Civil Veterinary Department Bihar & Orissa reports 1911-21 - 1911-1921
Year: 1911
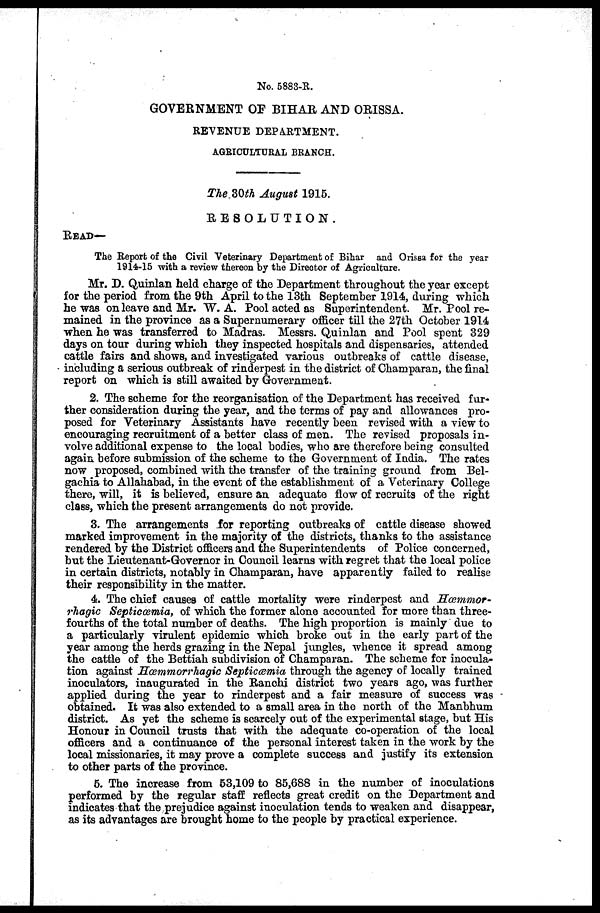
No. 5883-R.
GOVERNMENT OP BIHAR AND ORISSA.
REVENUE DEPARTMENT.
AGRICULTURAL BRANCH.
The 30th August 1915.
RESOLUTION.
READ—
The Report of the Civil Veterinary Department of Bihar and Orissa for the year
1914-15 with a review thereon by the Director of Agriculture.
Mr. D. Quinlan held charge of the Department throughout the year except
for the period from the 9th April to the 13th Septemher 1914, during which
he was on leave and Mr. W. A. Pool acted as Superintendent. Mr. Pool re-
mained in the province as a Supernumerary officer till the 27th October 1914
when he was transferred to Madras. Messrs. Quinlan and Pool spent 329
days on tour during which they inspected hospitals and dispensaries, attended
cattle fairs and shows, and investigated various outbreaks of cattle disease,
including a serious outbreak of rinderpest in the district of Champaran, the final
report on which is still awaited by Government.
2. The scheme for the reorganisation of the Department has received fur-
ther consideration during the year, and the terms of pay and allowances pro-
posed for Veterinary Assistants have recently been revised with a view to
encouraging recruitment of a better class of men. The revised proposals in-
volve additional expense to the local bodies, who are therefore being consulted
again before submission of the scheme to the Government of India. The rates
now proposed, combined with the transfer of the training ground from Bel-
gachia to Allahabad, in the event of the establishment of a Veterinary College
there, will, it is believed, ensure an adequate flow of recruits of the right
class, which the present arrangements do not provide.
3. The arrangements for reporting outbreaks of cattle disease showed
marked improvement in the majority of the districts, thanks to the assistance
rendered by the District officers and the Superintendents of Police concerned,
but the Lieutenant-Governor in Council learns with regret that the local police
in certain districts, notahly in Champaran, have apparently failed to realise
their responsibility in the matter.
4. The chief causes of cattle mortality were rinderpest and Hæmmor-
rhagic Septicæmia, of which the former alone accounted for more than three-
fourths of the total number of deaths. The high proportion is mainly due to
a particularly virulent epidemic which broke out in the early part of the
year among the herds grazing in the Nepal jungles, whence it spread among
the cattle of the Bettiah subdivision of Champaran. The scheme for inocula-
tion against Hæmmorrhagic Septicæmia through the agency of locally trained
inoculators, inaugurated in the Ranchi district two years ago, was further
applied during the year to rinderpest and a fair measure of success was
obtained. It was also extended to a small area in the north of the Manbhum
district. As yet the scheme is scarcely out of the experimental stage, but His
Honour in Council trusts that with the adequate co-operation of the local
officers and a continuance of the personal interest taken in the work by the
local missionaries, it may prove a complete success and justify its extension
to other parts of the province.
5. The increase from 53,109 to 85,688 in the number of inoculations
performed by the regular staff reflects great credit on the Department and
indicates that the prejudice against inoculation tends to weaken and disappear,
as its advantages are brought home to the people by practical experience.